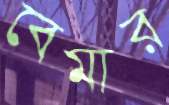
বেমার